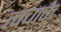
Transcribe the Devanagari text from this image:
त्वचाके